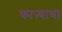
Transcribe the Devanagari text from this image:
काऱ्याचा